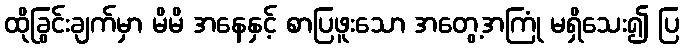
ထိုခြွင်းချက်မှာ မိမိ အနေနှင့် စာပြဖူးသော အတွေ့အကြုံ မရှိသေး၍ ပြ